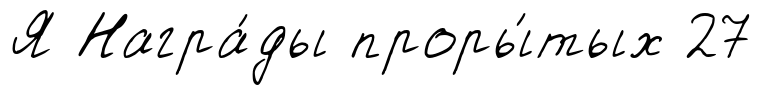
Я Награ́ды проры́тых 27